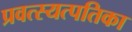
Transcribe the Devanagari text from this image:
प्रवत्स्यत्पतिका